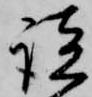
談